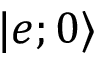
| e ; 0 \rangle